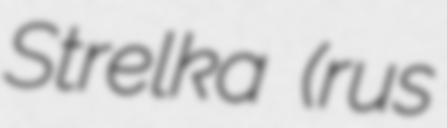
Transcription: Strelka (rus